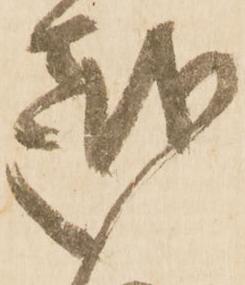
越